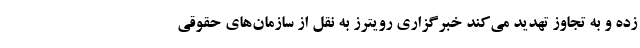
زده و به تجاوز تهدید می‌کند خبرگزاری رویترز به نقل از سازمان‌های حقوقی